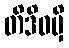
တိဒိဝမှိ